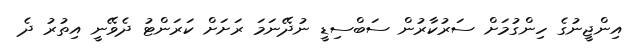
އިންޖީނުގެ ހިންގުމަށް ސަރުކާރުން ސަބްސިޑީ ނުދޭނަމަ ރަށަށް ކަރަންޓު ދެވޭނީ އިތުރު ދެ